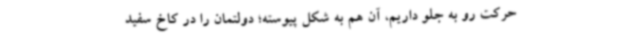
حرکت رو به جلو داریم، آن هم به شکل پیوسته؛ دولتمان را در کاخ سفید